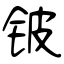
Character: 铍